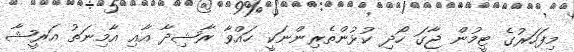
މިފަހަރުގެ ޓީމުން ޖާގަ ހޯދި ކުޅުންތެރިންނަކީ ހައްވާ ރާޝިދާ އާއި އާމިނަތު އަރީޝާ